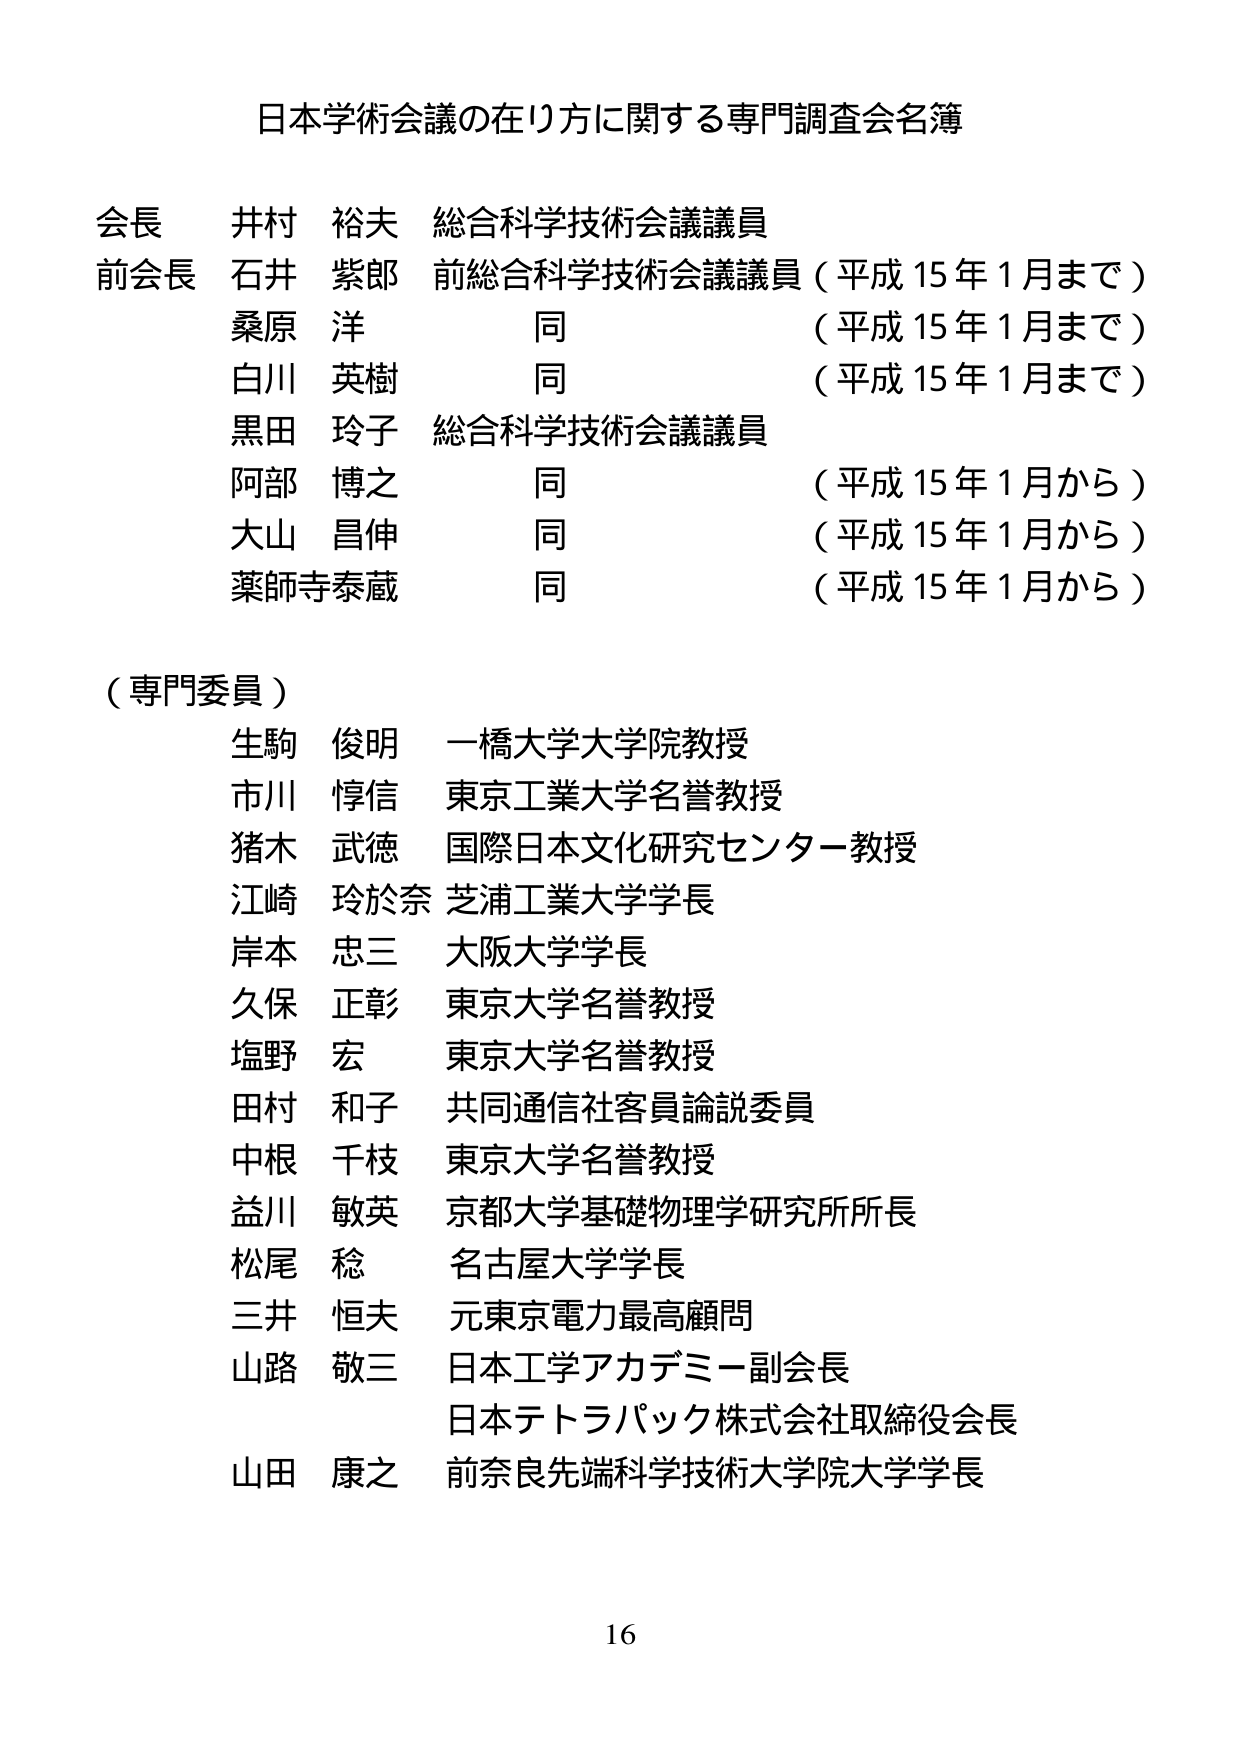
日本学術会議の在り方に関する専門調査会名簿

会長 井村 裕夫 総合科学技術会議議員
前会長 石井 紫郎 前総合科学技術会議議員（平成15年1月まで）
　　　　桑原 洋 同 （平成15年1月まで）
　　　　白川 英樹 同 （平成15年1月まで）
　　　　黒田 玲子 総合科学技術会議議員
　　　　阿部 博之 同 （平成15年1月から）
　　　　大山 昌伸 同 （平成15年1月から）
　　　　薬師寺泰蔵 同 （平成15年1月から）

（専門委員）
生駒 俊明 一橋大学大学院教授
市川 惇信 東京工業大学名誉教授
猪木 武徳 国際日本文化研究センター教授
江崎 玲於奈 芝浦工業大学学長
岸本 忠三 大阪大学学長
久保 正彰 東京大学名誉教授
塩野 宏 東京大学名誉教授
田村 和子 共同通信社客員論説委員
中根 千枝 東京大学名誉教授
益川 敏英 京都大学基礎物理学研究所所長
松尾 稔 名古屋大学学長
三井 恒夫 元東京電力最高顧問
山路 敬三 日本工学アカデミー副会長
　　　　　日本テトラパック株式会社取締役会長
山田 康之 前奈良先端科学技術大学院大学学長

16